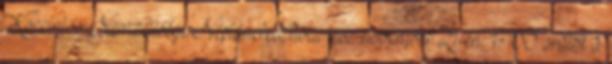
Koccintós Nemzetiségi Néptáncfesztivál lesz november 21-én, 17:00 órától a